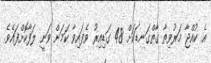
އެ ކުއްޖާ މަރުވިތާ ގާތްގަނޑަކަށް 48 ގަޑިއިރު ވެފައިވާ ކަމަށް ވަނީ ލަފާކޮށްފައެވެ.